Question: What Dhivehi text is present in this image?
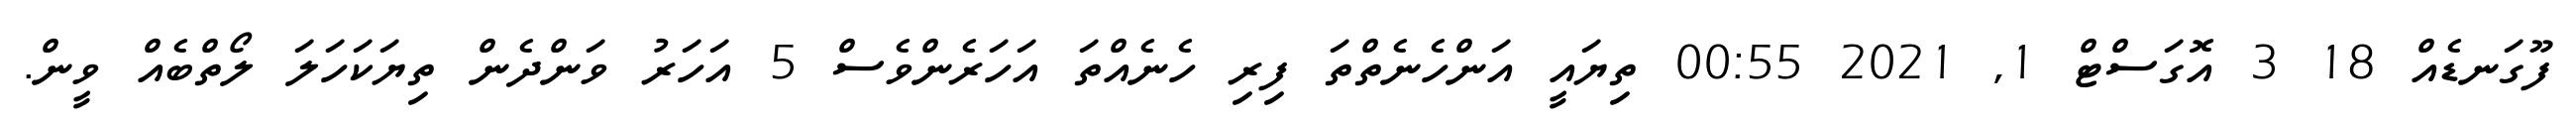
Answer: ފޫގަނޑެއް 18 3 އޮގަސްޓް 1, 2021 00:55 ތިޔައީ އަންހެނެތްތަ ފިރި ހެނެއްތަ އަހަރެންވެސް 5 އަހަރު ވަންދެން ތިޔަކަހަލަ ލޯތްބެއް ވީން.